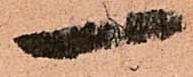
一